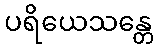
ပရိယေသန္တေ